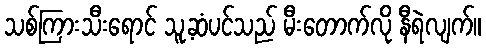
သစ်ကြားသီးရောင် သူ့ဆံပင်သည် မီးတောက်လို နီရဲလျက်။